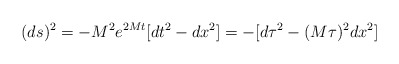
\begin{align*}(ds)^2 = - M^2 e^{2Mt} [dt^2 - dx^2] = - [ d\tau^2 - (M \tau)^2 dx^2]\end{align*}